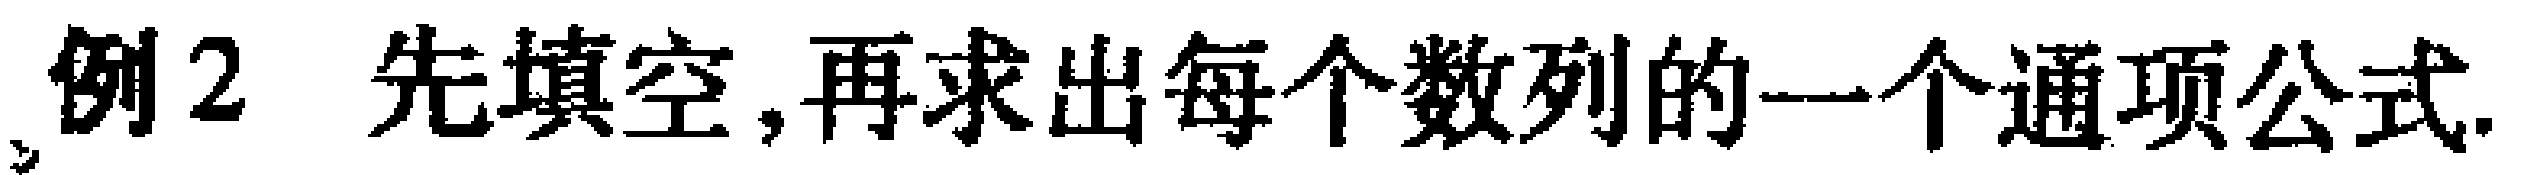
例2 先填空,再求出每个数列的一个通项公式.